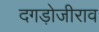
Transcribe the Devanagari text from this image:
दगड़ोजीराव